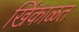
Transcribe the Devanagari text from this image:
खिंकाळत